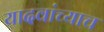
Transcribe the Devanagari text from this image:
यादवांच्याच